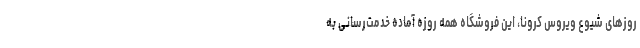
روزهای شیوع ویروس کرونا، این فروشگاه همه روزه آماده خدمت‌رسانی به